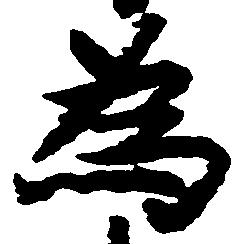
為